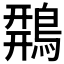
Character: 𪂍